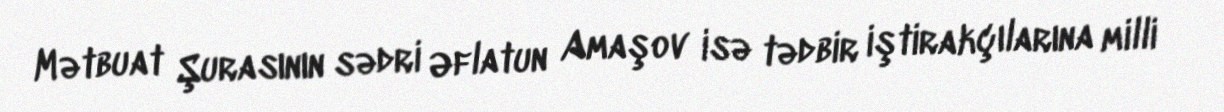
Mətbuat Şurasının sədri Əflatun Amaşov isə tədbir iştirakçılarına milli